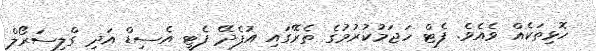
ހޮޅިތަކެއް ވެއެވެ. ފެޓް ހަޖަމުކުރުމުގެ ތެރޭގައި އުފެދޭ ފެޓީ އެސިޑް އަދި ގްލިސަރޯލް